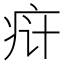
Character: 𬏟